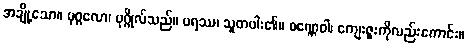
အချို့သော။ ပုဂ္ဂလော၊ ပုဂ္ဂိုလ်သည်။ ပရဿ၊ သူတပါး၏။ ဝဏ္ဏေဝါ၊ ကျေးဇူးကိုလည်းကောင်း။